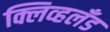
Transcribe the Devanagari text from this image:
क्लिव्हलँड